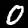
Label: 0